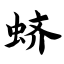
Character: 蛴